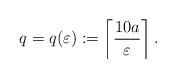
\begin{align*}q=q(\varepsilon):=\left\lceil \frac{10a}{\varepsilon}\right\rceil.\end{align*}